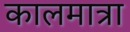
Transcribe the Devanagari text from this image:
कालमात्रा